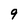
Character: 9